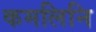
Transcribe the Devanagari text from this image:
कमलिनि